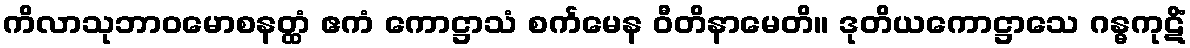
ကိလာသုဘာဝမောစနတ္ထံ ဧကံ ကောဋ္ဌာသံ စင်္ကမေန ဝီတိနာမေတိ။ ဒုတိယကောဋ္ဌာသေ ဂန္ဓကုဋိံ